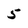
Character: 5